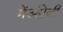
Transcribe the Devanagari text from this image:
मेंअंग्रेजी